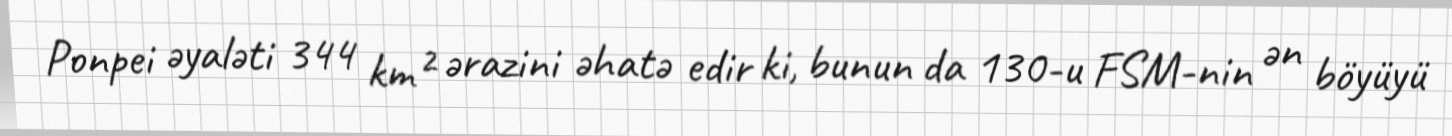
Ponpei əyaləti 344 km² ərazini əhatə edir ki, bunun da 130-u FSM-nin ən böyüyü